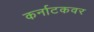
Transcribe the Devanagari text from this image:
कर्नाटकवर